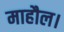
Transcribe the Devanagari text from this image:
माहौल।